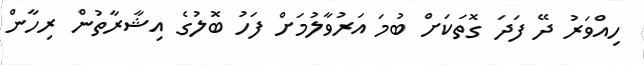
ހިއްވަރު ދޭ ފަދަ ގޮތަކަށް ބުމަ އަރުވާލުމަށް ފަހު ބޮލުގެ އިޝާރާތުން ރިހާން